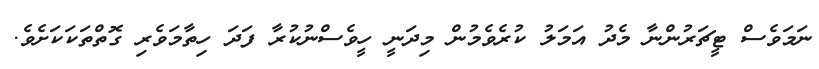
ނަަމަވެސް ޓީޗަރުންނާ މެދު އަމަލު ކުރެވެމުން މިދަނީ ހީވެސްނުކުރާ ފަދަ ހިތާމަވެރި ގޮތްތަކަކަށެވެ.